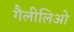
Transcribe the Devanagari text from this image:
गैलीलिओ